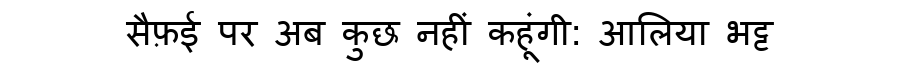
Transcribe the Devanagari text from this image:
सैफ़ई पर अब कुछ नहीं कहूंगी: आलिया भट्ट